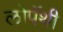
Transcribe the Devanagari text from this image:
लोपॅथी